Leaving Certificate Examination (including Day School Certificate (Higher) General paper), 1937
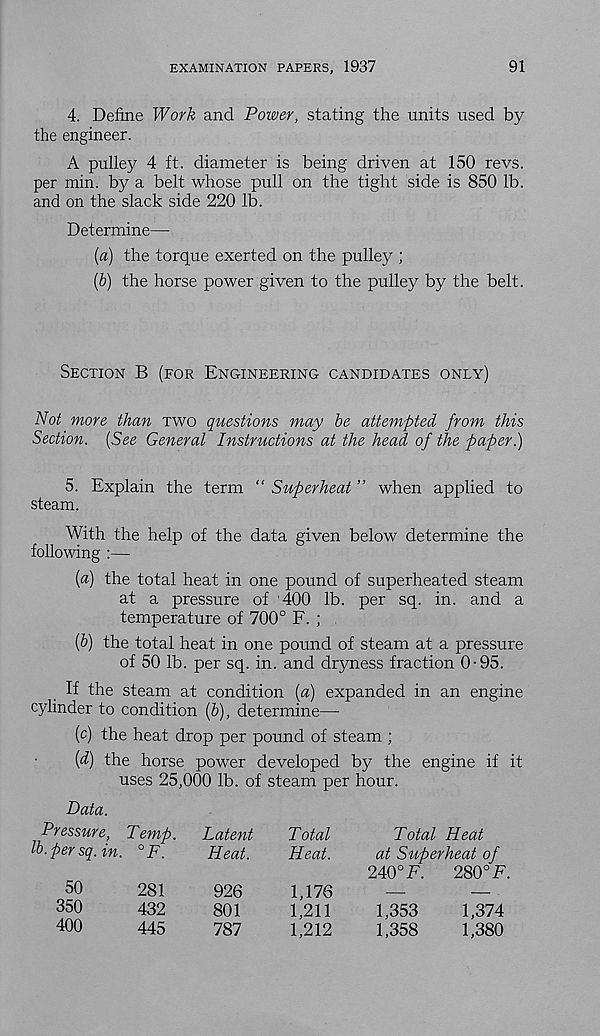
EXAMINATION PAPERS, 1937
91
4. Define Work and Power, stating the units used by
the engineer.
A pulley 4 ft. diameter is being driven at 150 revs,
per min. by a belt whose pull on the tight side is 850 lb.
and on the slack side 220 lb.
Determine—
(«) the torque exerted on the pulley ;
[b) the horse power given to the pulley by the belt.
Section B (for Engineering candidates only)
Not more than two questions may be attempted from this
Section. [See General Instructions at the head of the paper.)
5. Explain the term “ Superheat ” when applied to
steam.
With the help of the data given below determine the
following :—
(a) the total heat in one pound of superheated steam
at a pressure of '400 lb. per sq. in. and a
temperature of 700° F. ;
(&) the total heat in one pound of steam at a pressure
of 50 lb. per sq. in. and dryness fraction 0-95.
If the steam at condition (a) expanded in an engine
cylinder to condition (b), determine—
(c) the heat drop per pound of steam ;
{d) the horse power developed by the engine if it
uses 25,000 lb. of steam per hour.
Data.
Pressure, Temp,
lb. per sq. in. °F.
50
281
350
432
400
445
Latent
Total
Heat.
Heat.
926
1,176
801
1,211
787
1,212
Total Heat
at Slip erheat of
240° E.
280° F.
1,353
1,374
1,358
1,380